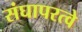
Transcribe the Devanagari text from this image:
संघापरत्वे